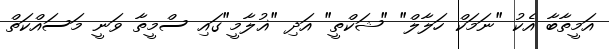
އަމީތާބާ އެކު "ނަމަކް ހަލާލް" "ޝަކްތީ" އަދި "ޣުލާމީ"ގައި ސްމީތާ ވަނީ މަސައްކަތް